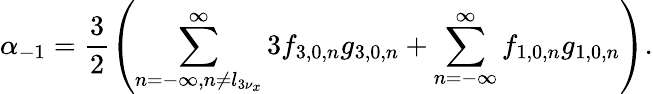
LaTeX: \displaystyle\alpha_{-1}=\frac{3}{2}\left(\sum_{n=-\infty,n\neq l_{3\nu_{x}}}^{\infty}{3f_{3,0,n}g_{3,0,n}}+\sum_{n=-\infty}^{\infty}{f_{1,0,n}g_{1,0,n}}\right).